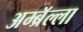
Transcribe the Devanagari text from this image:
अम्ब्रॅल्ला